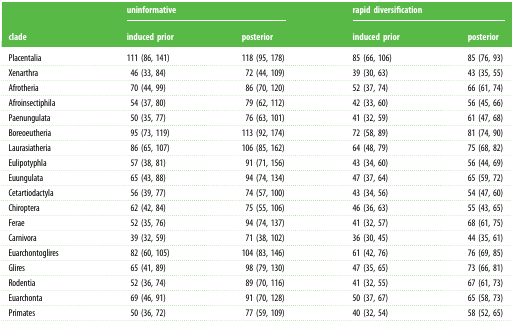
<table><thead><tr><td rowspan="2"><b>clade</b></td><td colspan="2"><b>uninformative</b></td><td colspan="2"><b>rapid diversification</b></td></tr><tr><td><b>induced prior</b></td><td><b>posterior</b></td><td><b>induced prior</b></td><td><b>posterior</b></td></tr></thead><tbody><tr><td>Placentalia</td><td>111 (86, 141)</td><td>118 (95, 178)</td><td>85 (66, 106)</td><td>85 (76, 93)</td></tr><tr><td>Xenarthra</td><td>46 (33, 84)</td><td>72 (44, 109)</td><td>39 (30, 63)</td><td>43 (35, 55)</td></tr><tr><td>Afrotheria</td><td>70 (44, 99)</td><td>86 (70, 120)</td><td>52 (37, 74)</td><td>66 (61, 74)</td></tr><tr><td>Afroinsectiphila</td><td>54 (37, 80)</td><td>79 (62, 112)</td><td>42 (33, 60)</td><td>56 (45, 66)</td></tr><tr><td>Paenungulata</td><td>50 (35, 77)</td><td>76 (63, 101)</td><td>41 (32, 59)</td><td>61 (47, 68)</td></tr><tr><td>Boreoeutheria</td><td>95 (73, 119)</td><td>113 (92, 174)</td><td>72 (58, 89)</td><td>81 (74, 90)</td></tr><tr><td>Laurasiatheria</td><td>86 (65, 107)</td><td>106 (85, 162)</td><td>64 (48, 79)</td><td>75 (68, 82)</td></tr><tr><td>Eulipotyphla</td><td>57 (38, 81)</td><td>91 (71, 156)</td><td>43 (34, 60)</td><td>56 (44, 69)</td></tr><tr><td>Euungulata</td><td>65 (43, 88)</td><td>94 (74, 134)</td><td>47 (37, 64)</td><td>65 (59, 72)</td></tr><tr><td>Cetartiodactyla</td><td>56 (39, 77)</td><td>74 (57, 100)</td><td>43 (34, 56)</td><td>54 (47, 60)</td></tr><tr><td>Chiroptera</td><td>62 (42, 84)</td><td>75 (55, 106)</td><td>46 (36, 63)</td><td>55 (43, 65)</td></tr><tr><td>Ferae</td><td>52 (35, 76)</td><td>94 (74, 137)</td><td>41 (32, 57)</td><td>68 (61, 75)</td></tr><tr><td>Carnivora</td><td>39 (32, 59)</td><td>71 (38, 102)</td><td>36 (30, 45)</td><td>44 (35, 61)</td></tr><tr><td>Euarchontoglires</td><td>82 (60, 105)</td><td>104 (83, 146)</td><td>61 (42, 76)</td><td>76 (69, 85)</td></tr><tr><td>Glires</td><td>65 (41, 89)</td><td>98 (79, 130)</td><td>47 (35, 65)</td><td>73 (66, 81)</td></tr><tr><td>Rodentia</td><td>52 (36, 74)</td><td>89 (70, 116)</td><td>41 (32, 55)</td><td>67 (61, 73)</td></tr><tr><td>Euarchonta</td><td>69 (46, 91)</td><td>91 (70, 128)</td><td>50 (37, 67)</td><td>65 (58, 73)</td></tr><tr><td>Primates</td><td>50 (36, 72)</td><td>77 (59, 109)</td><td>40 (32, 54)</td><td>58 (52, 65)</td></tr></tbody></table>